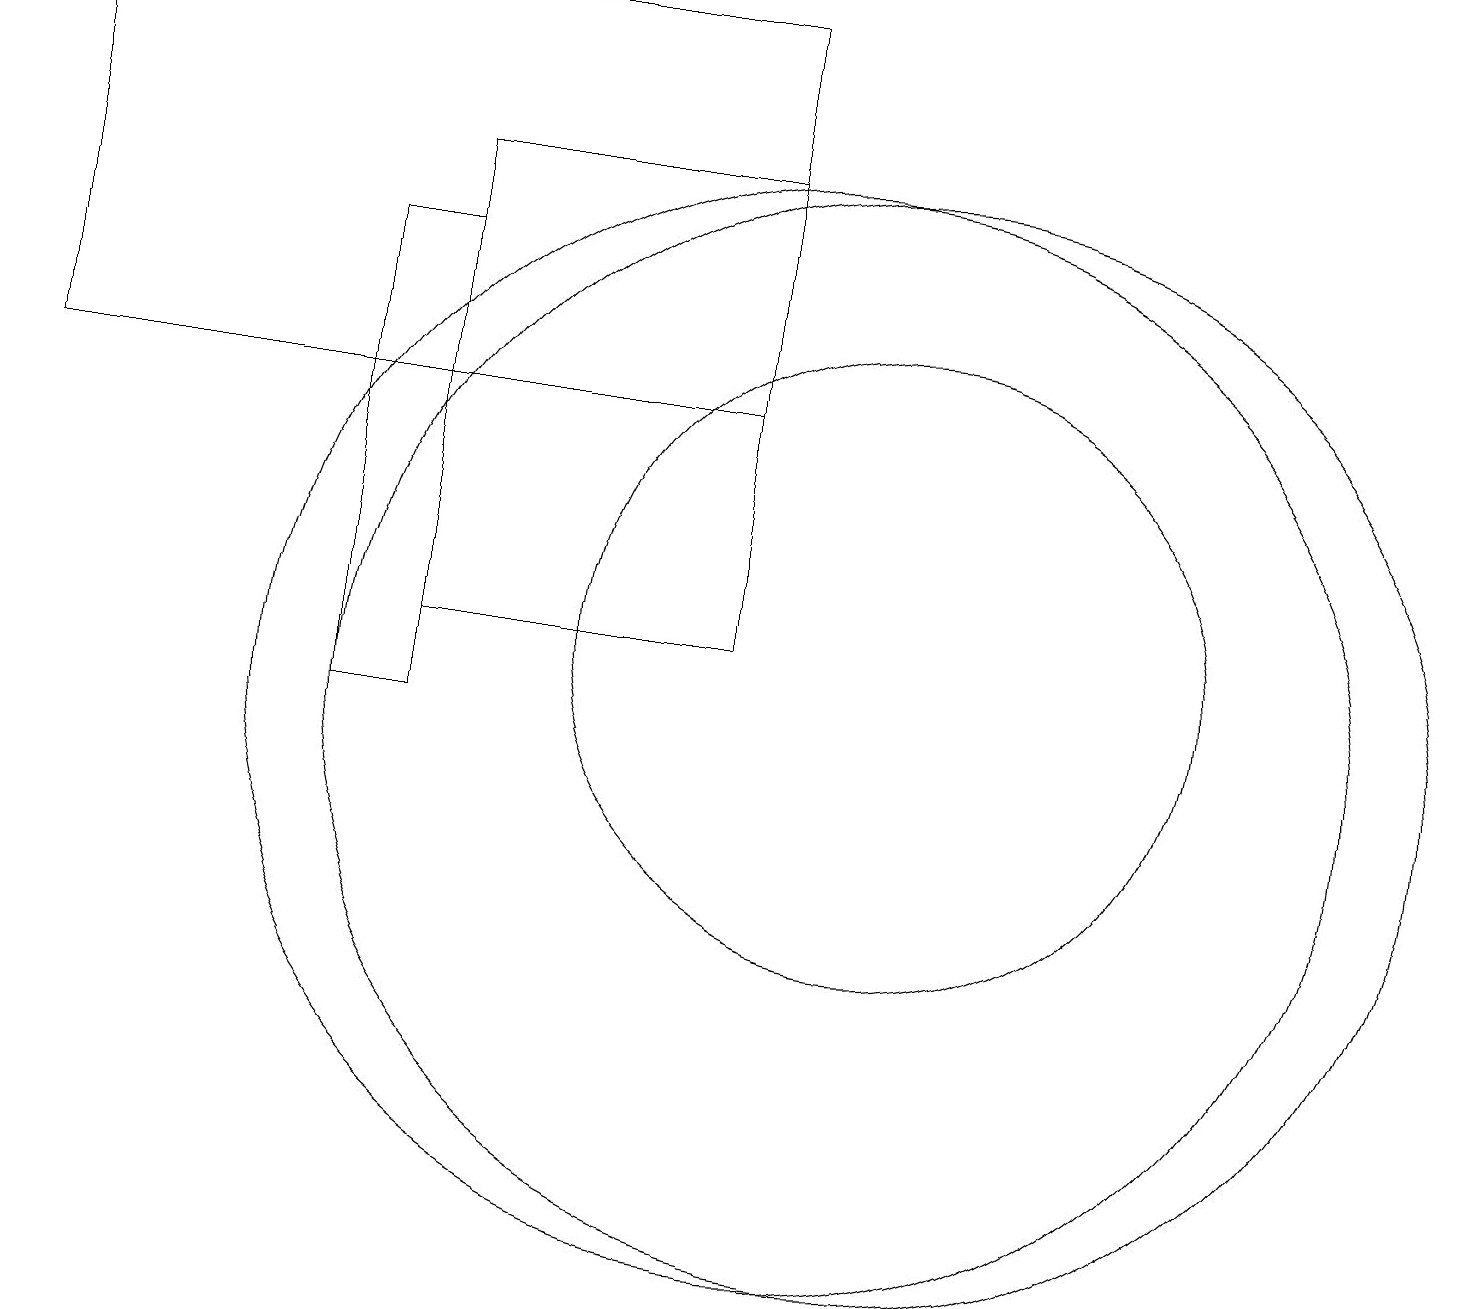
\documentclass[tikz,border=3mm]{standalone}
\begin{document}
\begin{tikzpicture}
\draw (11,11) circle (4);
\draw (5,11) rectangle (9,17);
\draw (5,10) rectangle (4,16);
\draw (11,10) circle (7);
\draw (10,10) circle (7);
\draw (9,14) rectangle (0,19);
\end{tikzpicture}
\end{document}